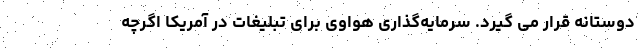
دوستانه قرار می گیرد. سرمایه‌گذاری هواوی برای تبلیغات در آمریکا اگرچه